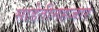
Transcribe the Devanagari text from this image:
साडेतीनहजार